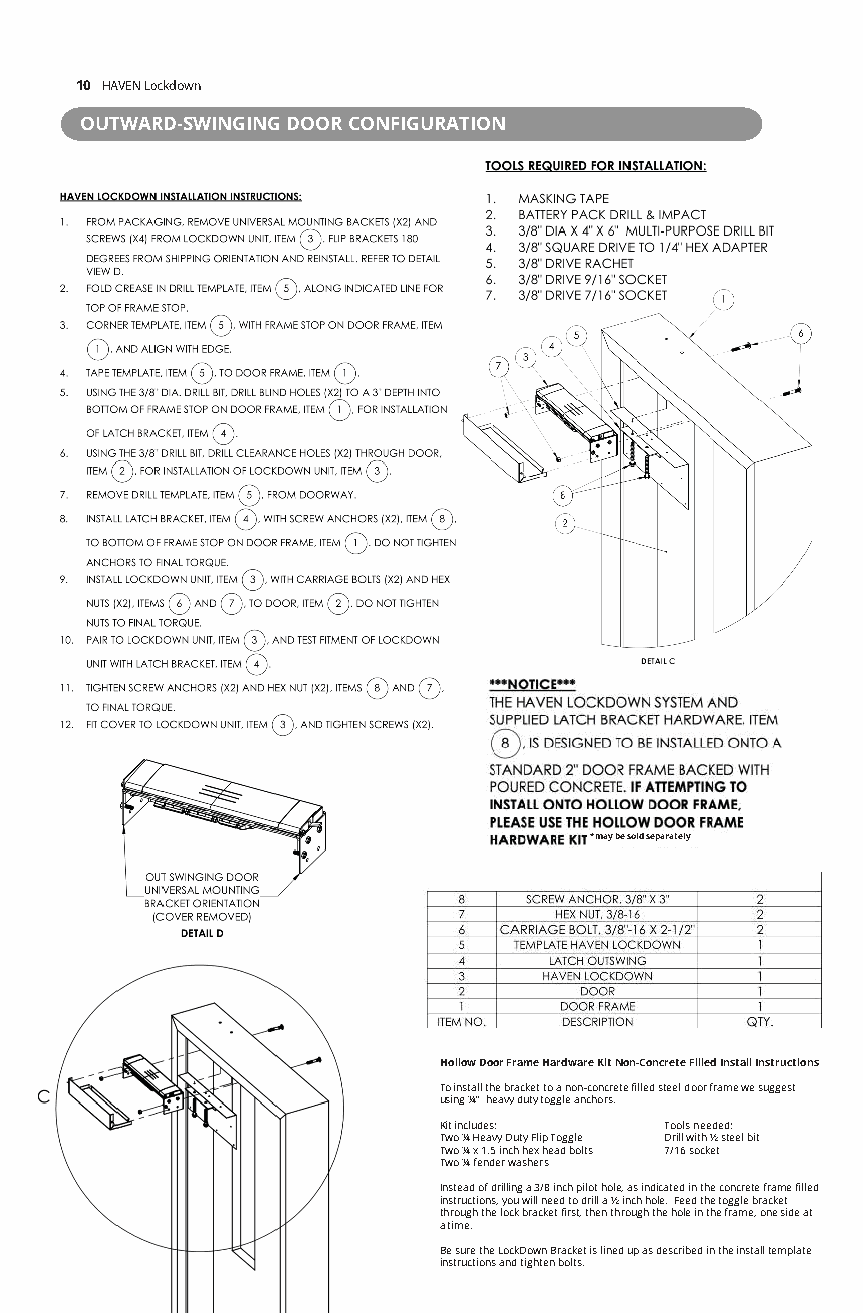
10 HAVEN Lockdown
 OUTWARD-SWINGING DOOR CONFIGURATION
 *may be sold separately
 Hollow Door Frame Hardware Kit Non-Concrete Filled Install Instructions
 To install the bracket to a non-concrete filled steel door frame we suggest
 using ¼” heavy duty toggle anchors.
 Kit includes:  Tools needed:
 Two ¼ Heavy Duty Flip Toggle Drill with ½ steel bit
 Two ¼ x 1.5 inch hex head bolts 7/16 socket
 Two ¼ fender washers
 Instead of drilling a 3/8 inch pilot hole, as indicated in the concrete frame filled
 instructions, you will need to drill a ½ inch hole. Feed the toggle bracket
 through the lock bracket first, then through the hole in the frame, one side at
 a time.
 Be sure the LockDown Bracket is lined up as described in the install template
 instructions and tighten bolts.